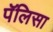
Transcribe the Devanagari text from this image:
पॅलिसा